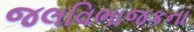
જલવિભાજકના